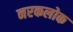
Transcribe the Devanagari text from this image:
नरकलोक